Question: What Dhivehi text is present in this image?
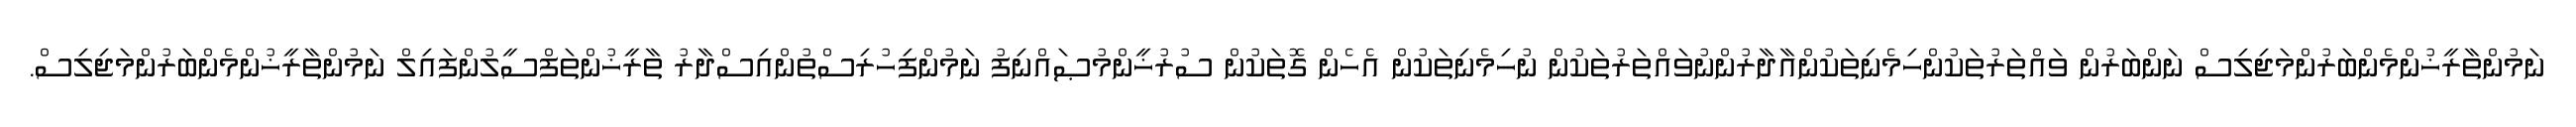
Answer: ނަމުންތާރީޚުންމެންބަރުންމަޖިލިސް ނަންބަރުން ވައްތަރުތަކުންހިމެނިތަކުންއާދާރުންނުވައްތަރުތަކުން ނުހިމެނިތަކުން އެހެން ގޮތަކުން ސުރުޚީންމުޞައްނިފު ނަމުންފިހުރިސްތުންއިސްދާރު ތާރީޚުންތަފްސީލުންފައިލް ނަމުންތާރީޚުންމެންބަރުންމަޖިލިސް.